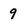
Character: 9